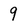
Character: 9